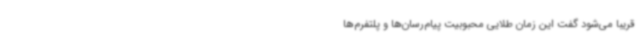
قریباً می‌شود گفت این زمان طلایی محبوبیت پیام‌رسان‌ها و پلتفرم‌ها